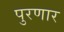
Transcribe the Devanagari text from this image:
पुरणार